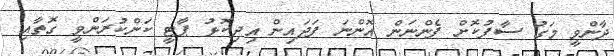
ދާންވީ މަގު ސާފުކޮށް ފެންނަން އޮންނަ ފަދައިން އިދިކޮޅު ޕާޓީ ކަންކުރަންވީ ގޮތާއި